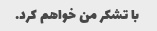
با تشکر من خواهم کرد.